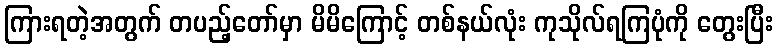
ကြားရတဲ့အတွက် တပည့်တော်မှာ မိမိကြောင့် တစ်နယ်လုံး ကုသိုလ်ရကြပုံကို တွေးပြီး